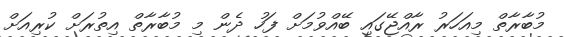
މުބާރާތް މިއަހަރު ރާއްޖޭގައި ބޭއްވުމަށް ފަހު ދެން މި މުބާރާތް އިތުރަށް ކުރިއަށް